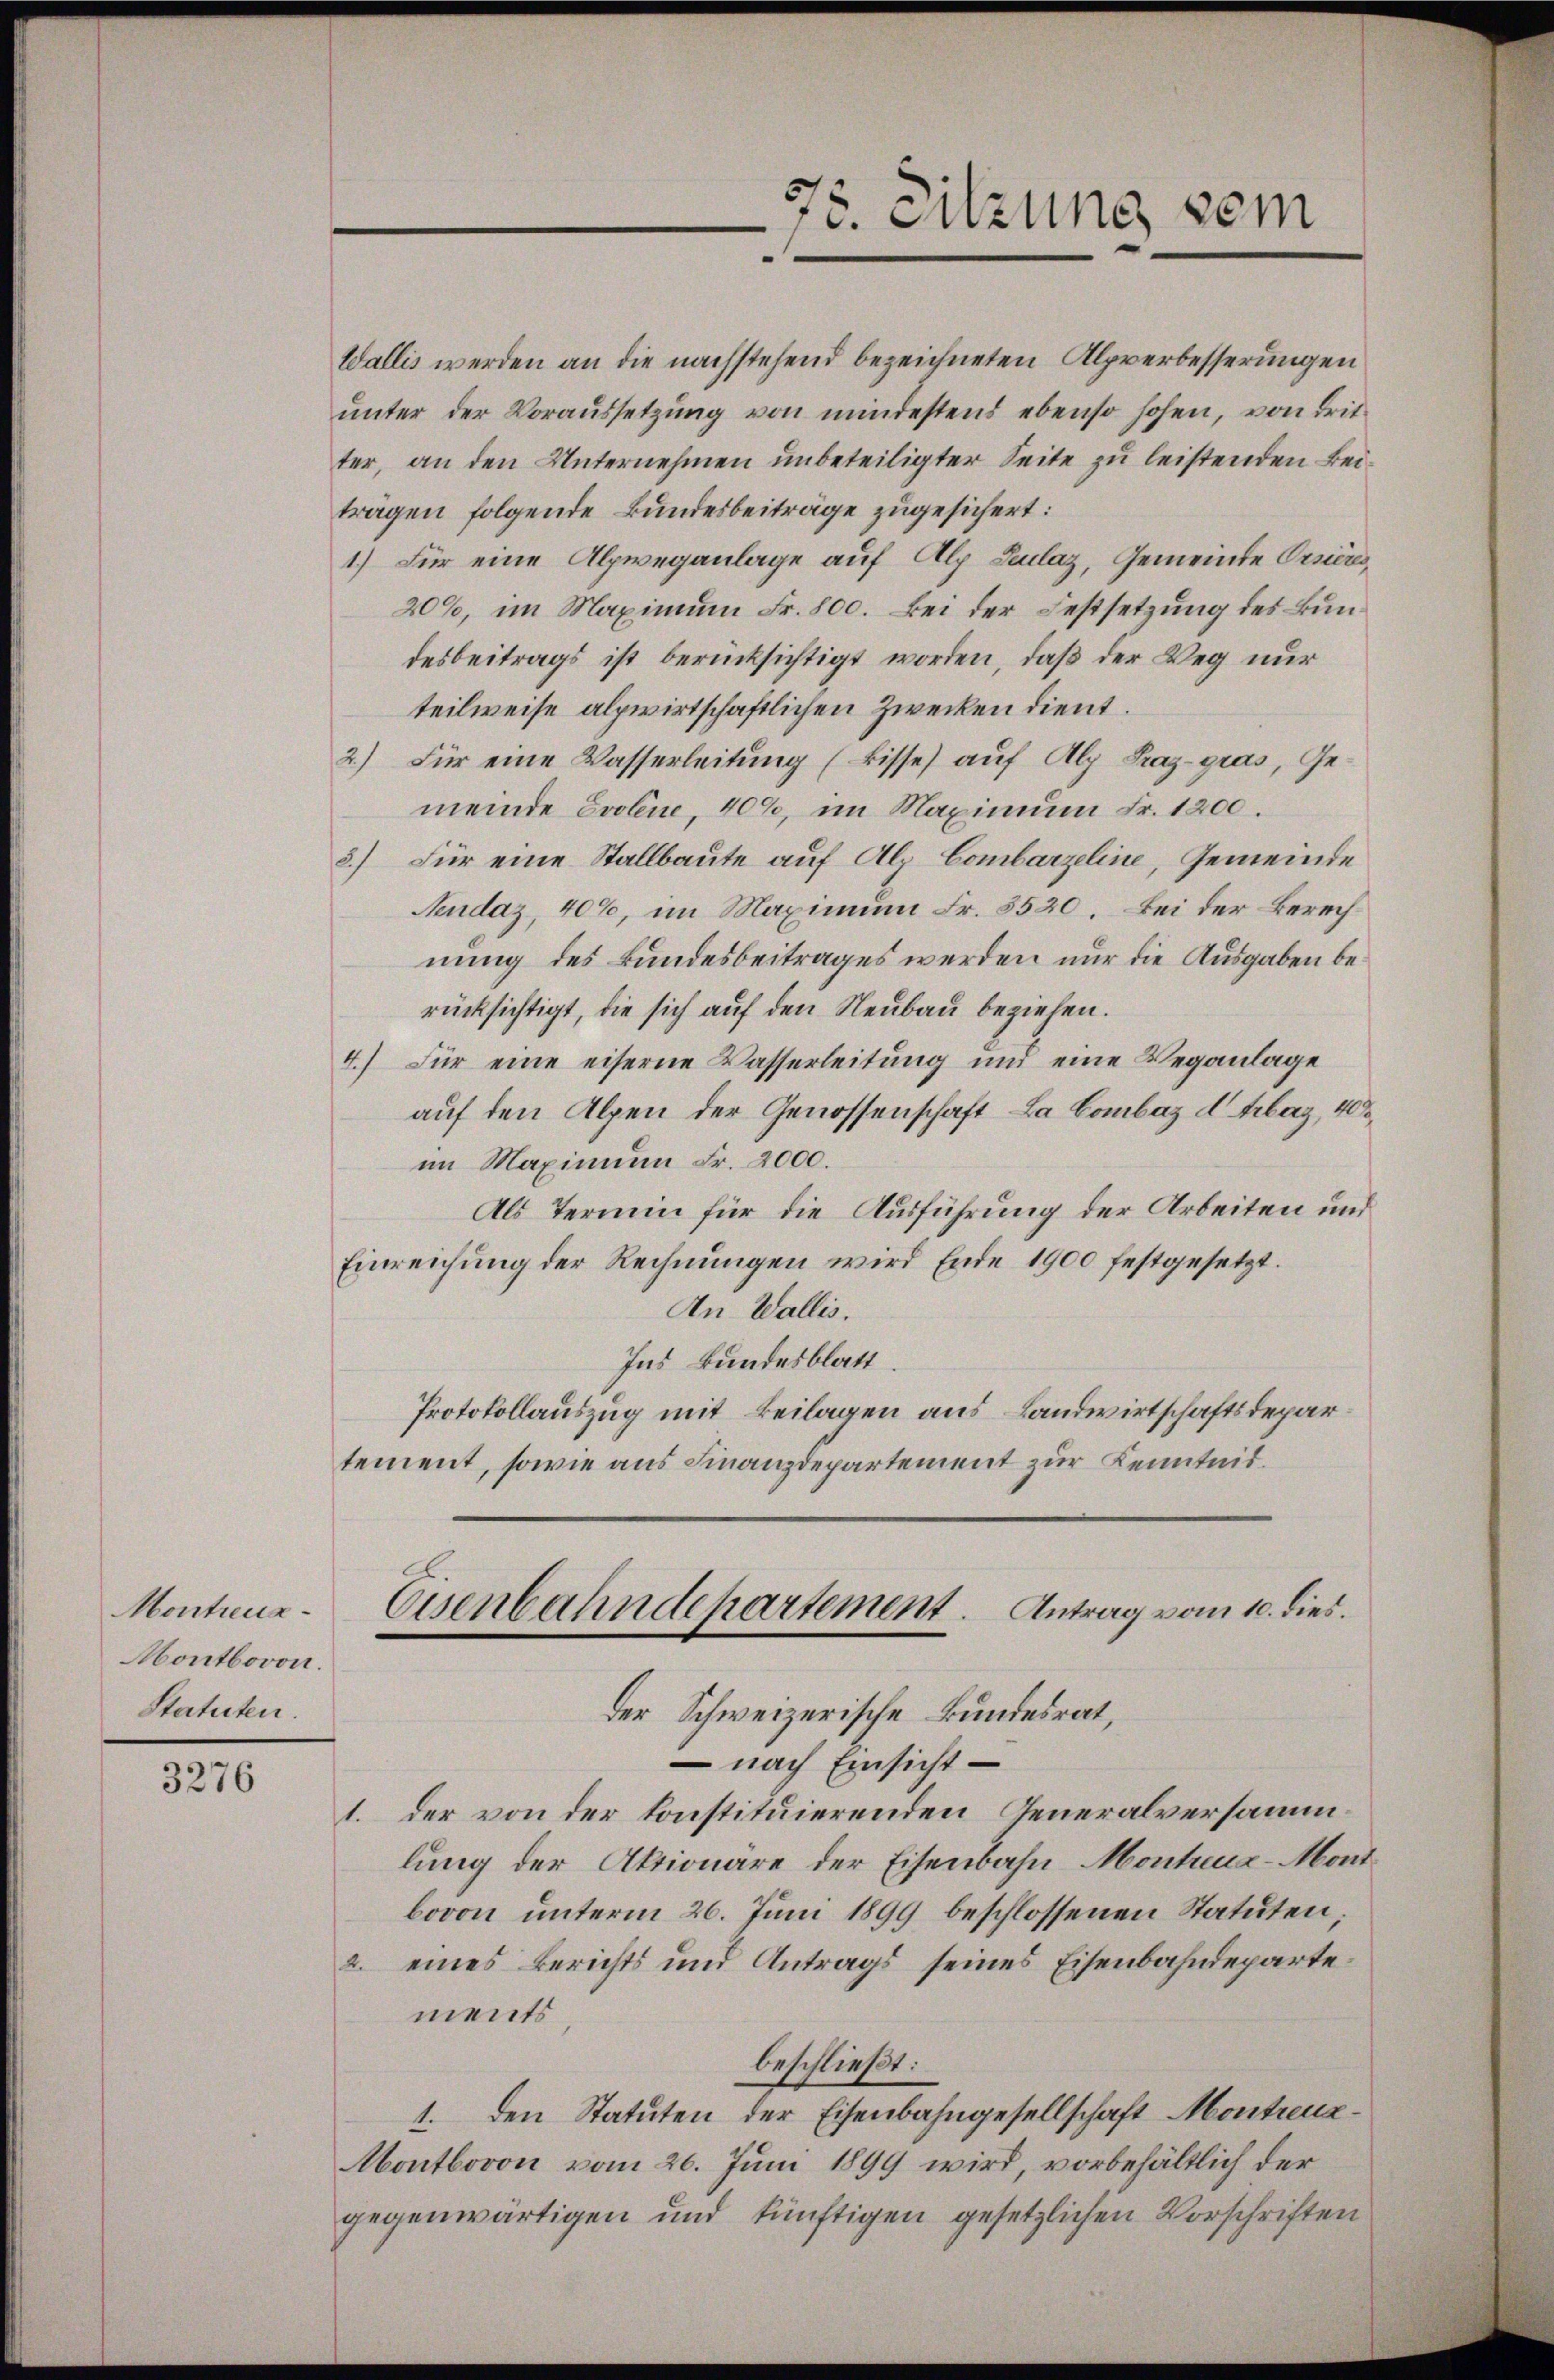
Montreua¬
Montbovon.
Statuten.

3276

Wallis werden an die nachstehend bezeichneten Alpverbesserungen
unter der Voraussetzung von mindestend ebenso hohen, von drit
ter, an den Unternehmen unbeteiligter Seite zu leistenden Beiträgen folgende Bundesbeiträge zugesichert:
1.) Für eine Alpweganlage auf Alp Luclaz, Gemeinde Orsiers¬
20%, im Maximum Fr. 800. Bei der Festsetzung des Bundesbeitrags ist berücksichtigt worden, daß der Weg nur
teilweise alpwirtschaftlichen Zwecken dient.
2) Für eine Wasserleitung (bisse) auf Als Graz-gras, Gemeinde Evolue, 40%, im Maximum Fr. 1200.
3.) Für eine Stallbaute auf Alp Combarzeline, Gemeinde
Nendaz, 40%, im Maximum Fr. 5520. Bei der Berechnung des Bundesbeitrages werden nur die Ausgaben berücksichtigt, die sich auf den Neubau beziehen.
4.) Für eine eiserne Wasserleitung und eine Weganlage
auf den Alpen der Genossenschaft La Combaz dtrbaz, 408
im Maximum Fr. 2000.
Als Termin für die Ausführung der Arbeiten und
Einreichung der Rechnungen wird Ende 1900 festgesetzt.
An Wallis.
Ins Bundesblatt
Protokollauszug mit Beilagen aus Landwirtschaftsdepartement, sowie aus Finanzdepartement zur Kenntnit¬

75. Sitzung vom

Eisenbahndepartement. Antrag vom 10. dies.

Der Schweizerische Bundesrat,
— nach Einsicht
1. der von der konstituierenden Generalversammlung der Aktionäre der Eisenbahn-Montreua-Mont
bovon unterm 26. Juni 1899 beschlossenen Statuten;
2. eines Berichts und Antrags seines Eisenbahndepartements
beschließt:
1. den Statuten der Eisenbahngesellschaft Montrenz¬
Montbovon vom 26. Juni 1899 wird, vorbehältlich der
gegenwärtigen und künftigen gesetzlichen Vorschriften